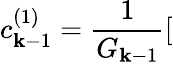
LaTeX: c_{\mathbf{k}-1}^{(1)}=\frac{{1}}{{G_{\mathbf{k}-1}}}[